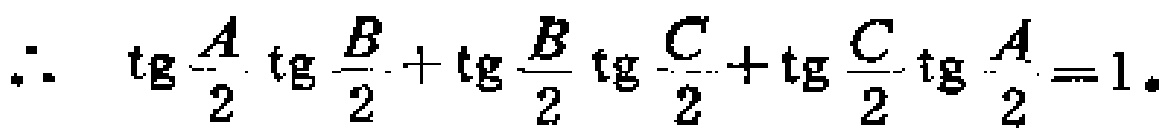
\(\therefore\ \ \mathrm{tg}\frac{A}{2}\mathrm{tg}\frac{B}{2}+\mathrm{tg}\frac{B}{2}\mathrm{tg}\frac{C}{2}+\mathrm{tg}\frac{C}{2}\mathrm{tg}\frac{A}{2}=1.\)